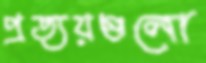
প্রত্যয়গুলো